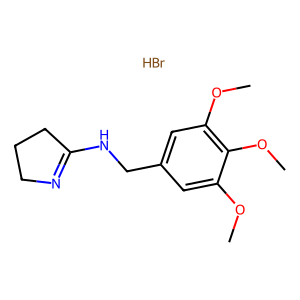
SMILES: Br.COc1cc(CNC2=NCCC2)cc(OC)c1OC
Inhibits HIV replication: No